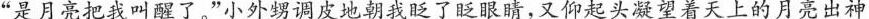
”是月亮把我叫醒了。”小外甥调皮地朝我眨了眨眼睛，又仰起头凝望着天上的月亮出神